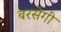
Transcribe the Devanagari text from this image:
बरसेगी